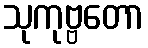
သုကုဗ္ဗတော